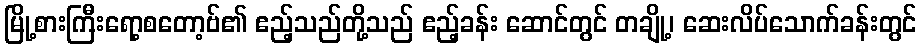
မြို့စားကြီးရော့စတော့ဗ်၏ ဧည့်သည်တို့သည် ဧည့်ခန်း ဆောင်တွင် တချို့၊ ဆေးလိပ်သောက်ခန်းတွင်